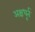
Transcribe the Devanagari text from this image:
अक्षधूर्त